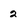
Character: 2